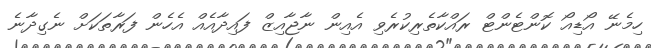
ހިމެނޭ އޯޑިއޯ ކޮންޓެންޓް ރައްކާތެރިކުރެވި އެއިން ނާޖާއިޒް ފައިދާއެއް އެހެން ފަރާތަކަށް ނެގިދާނެ